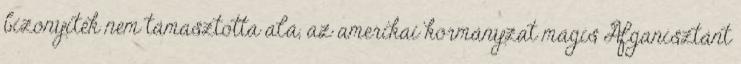
bizonyíték nem támasztotta alá, az amerikai kormányzat mágis Afganisztánt